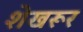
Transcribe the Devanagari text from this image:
शेखरूर